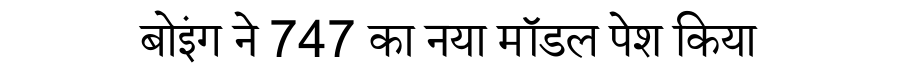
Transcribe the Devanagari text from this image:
बोइंग ने 747 का नया मॉडल पेश किया